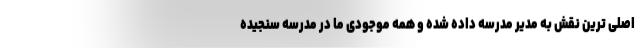
اصلی ترین نقش به مدیر مدرسه داده شده و همه موجودی ما در مدرسه سنجیده